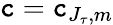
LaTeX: \mathtt{c}=\mathtt{c}_{J_{\tau},m}